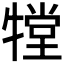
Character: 𤛋